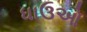
ધાઉઓ